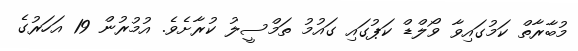
މުބާރާތް ކަމުގައިވާ ވޯލްޑް ކަޕުގައި ގައުމު ތަމްސީލު ކުރާށެވެ. އުމުރުން 19 އަހަރުގެ